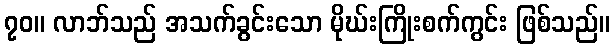
၇၀။ လာဘ်သည် အသက်ခွင်းသော မိုဃ်းကြိုးစက်ကွင်း ဖြစ်သည်။